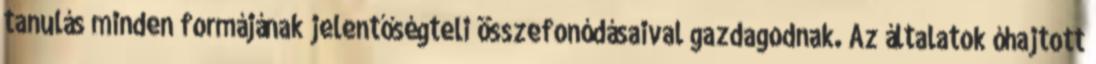
tanulás minden formájának jelentőségteli összefonódásaival gazdagodnak. Az általatok óhajtott